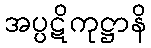
အပ္ပဋိကုဋ္ဌာနိ